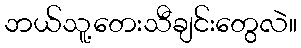
ဘယ်သူ့တေးသီချင်းတွေလဲ။